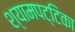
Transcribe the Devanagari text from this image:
श्यामपट्टिका